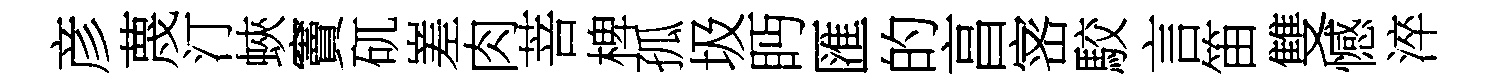
彦蔑汀蛺竇矹嵳肉菩椑孤圾眄匯的亯宻駮言笛雙憾淬